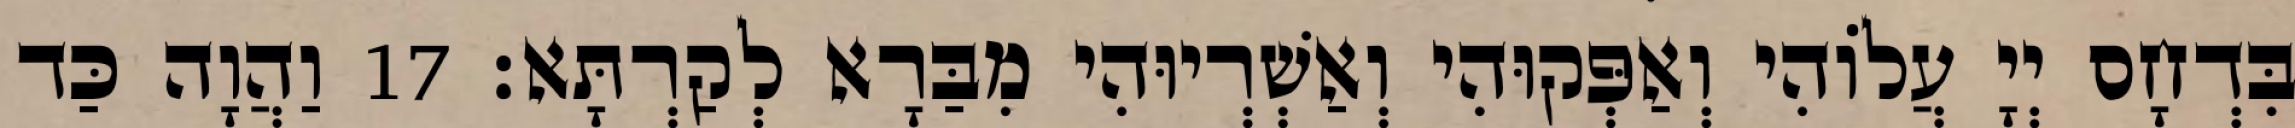
בִּדְחָס יְיָ עֲלוֹהִי וְאַפְּקוּהִי וְאַשְׁרְיוּהִי מִבַּרָא לְקַרְתָּא׃ 17 וַהֲוָה כַּד